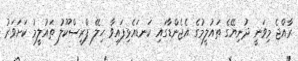
ރާއްޖެ މިވަނީ ދުނިޔޭގެ ތައުލީމުގެ އެޖެންޑާގައި ކަނޑައެޅިފައިވާ ހިލޭ ޕްރީސްކޫލު ތައުލީމު ކަށަވަރު